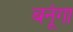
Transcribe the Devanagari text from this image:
बनूंगा